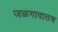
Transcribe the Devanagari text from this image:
जळगावातच